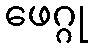
ဖေဂ္ဂု